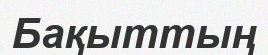
Бақыттың